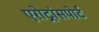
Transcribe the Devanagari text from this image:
एरोट्रांसपोर्ट